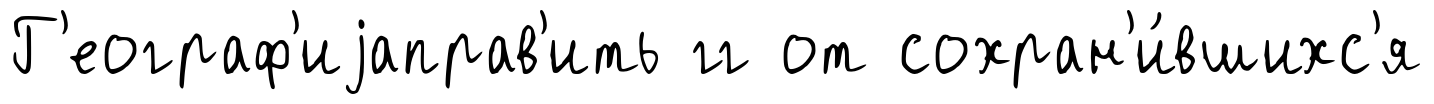
Г'еограф'иjаправ'ить гг от сохран'и́вшихс'я